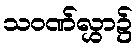
သဝဏ်လွှာ၌